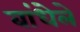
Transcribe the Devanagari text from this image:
बांधेले